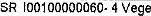
SR I00100000060- 4 VEGE